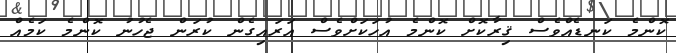
ކޮންމެ ކަނޑެއްވެސް ޤިރާކޮށް ކޮންމެ އުހަކަށްވެސް އަރައިގެން ކުރަން ޖެހުނު ކޮންމެ ކަމެއް